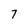
Character: 7